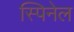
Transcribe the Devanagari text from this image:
स्पिनेल